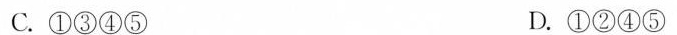
C.①③④⑤ D.①②④⑤